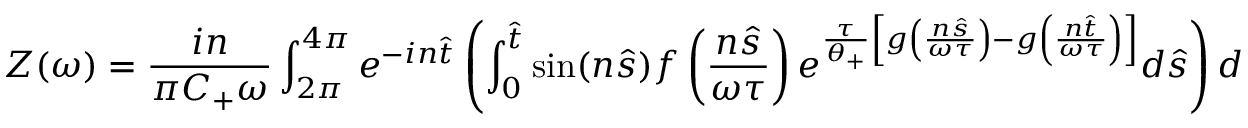
Z ( \omega ) = \frac { i n } { \pi C _ { + } \omega } \int _ { 2 \pi } ^ { 4 \pi } e ^ { - i n \hat { t } } \left( \int _ { 0 } ^ { \hat { t } } \sin ( n \hat { s } ) f \left( \frac { n \hat { s } } { \omega \tau } \right) e ^ { \frac { \tau } { \theta _ { + } } \left[ g \left( \frac { n \hat { s } } { \omega \tau } \right) - g \left( \frac { n \hat { t } } { \omega \tau } \right) \right] } d \hat { s } \right) d \hat { t } .